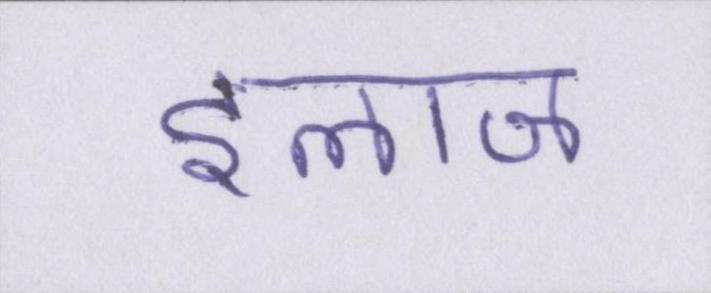
इलाज